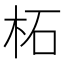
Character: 柘